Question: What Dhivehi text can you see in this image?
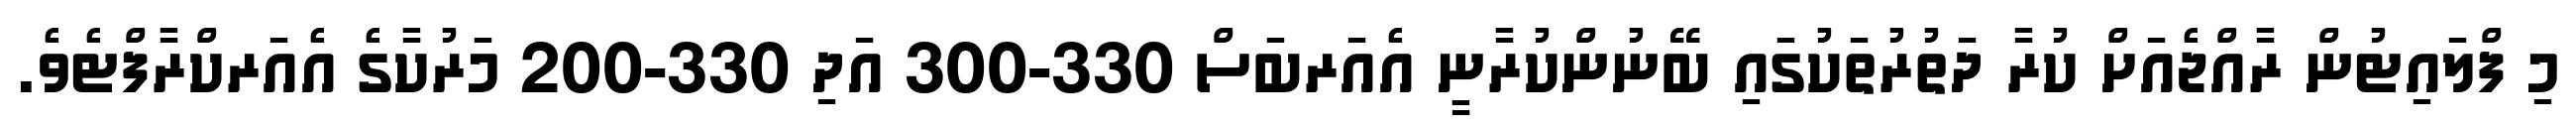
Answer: މި ފްލައިޓުން ރާއްޖެއަށް ކުރާ ދަތުރުތަކުގައި ބޭނުންކުރާނީ އެއަރބަސް 330-300 އަދި 330-200 މަރުކާގެ އެއަރކްރާފްޓެވެ.